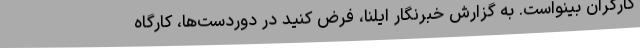
کارگران بینواست. به گزارش خبرنگار ایلنا، فرض کنید در دوردست‌ها، کارگاه